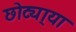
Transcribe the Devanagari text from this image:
छोट्या्या